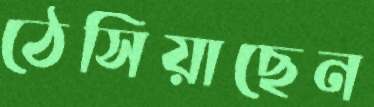
ঠেসিয়াছেন